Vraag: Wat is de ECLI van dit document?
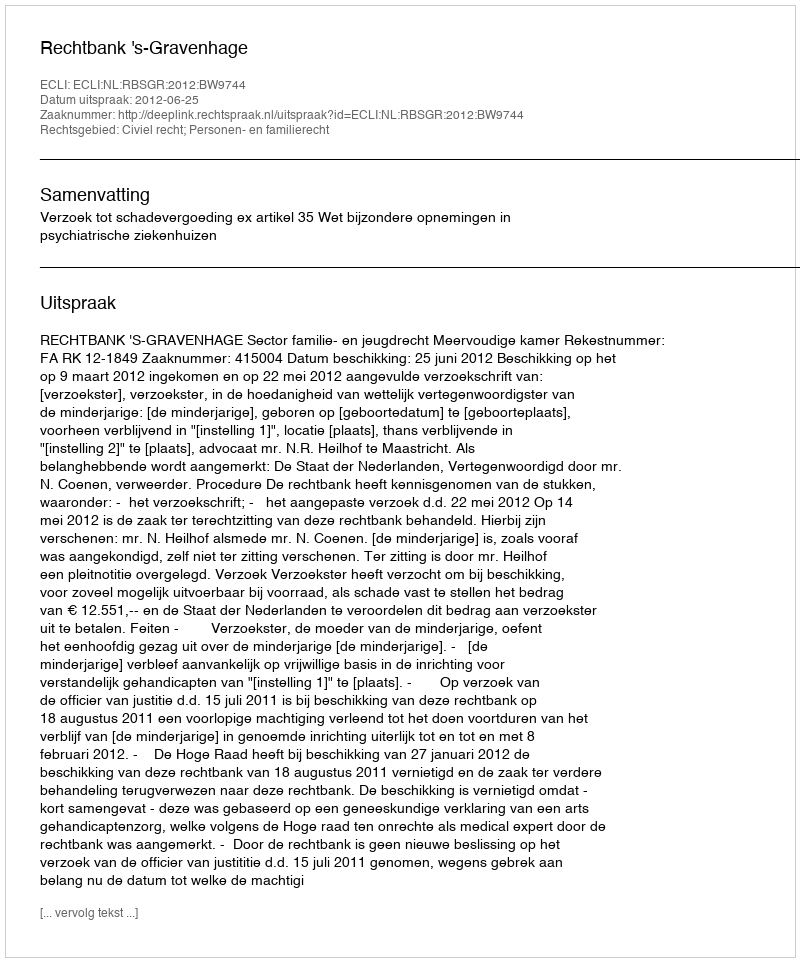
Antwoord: ECLI:NL:RBSGR:2012:BW9744